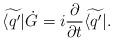
LaTeX: \begin{align*}\widetilde{\langle q'|}\dot{G} = i {\partial \over \partial t} \widetilde{\langle q'|}.\end{align*}